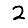
Digit: 2